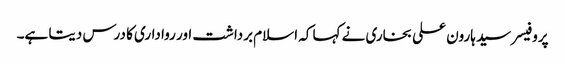
پروفیسر سید ہارون علی بخاری نے کہا کہ اسلام برداشت اور رواداری کا درس دیتا ہے۔